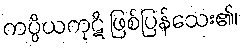
ကပ္ပိယကုဋိ ဖြစ်ပြန်သေး၏၊